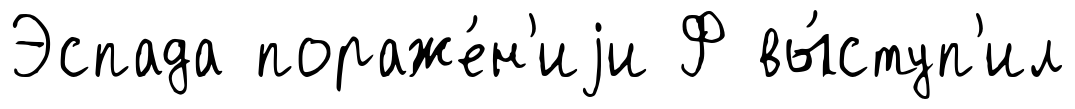
Эспада пораже́н'иjи Ф вы́ступ'ил